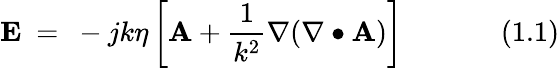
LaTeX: \mathbf{E}~=~-jk\eta\left[\mathbf{A}+{\frac{1}{k^{2}}}\nabla(\nabla\bullet\mathbf{A})\right]~~~~~~~~~~~~~~(1.1)